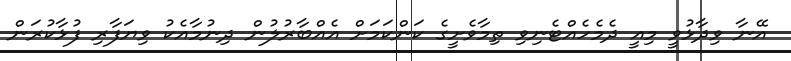
އޭނާ ވިދާޅުވީ މިއީ ދެމެހެއްޓެނިވި ތިމާވެށީގެ ކަންކަމަށް އެއްބާރުލުން ދިނުމާއެކު ވިޔަފާރި ފުޅާކުރަން